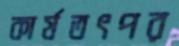
কার্যতৎপর